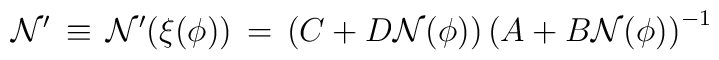
{\cal N}^\prime \, \equiv \, {\cal N}^\prime (\xi(\phi)) \, = \, \left ( C  + D  {\cal N}(\phi) \right )   \left ( A  +B  {\cal N}(\phi)\right )^{-1}